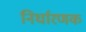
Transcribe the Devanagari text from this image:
निर्धारणक